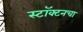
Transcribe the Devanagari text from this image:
स्टॉक्टनचा